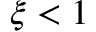
\xi < 1